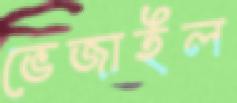
ভেজাইল